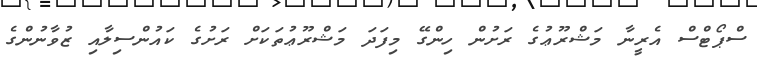
ސްޕޯޓްސް އެރީނާ މަޝްރޫޢުގެ ރަށުން ހިންގޭ މިފަދަ މަޝްރޫޢުތަކަށް ރަށުގެ ކައުންސިލާއި ޒުވާނުންގެ